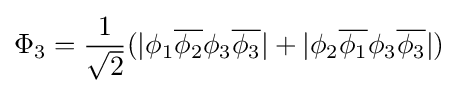
\Phi _{3}={\frac {1}{\sqrt {2}}}(|\phi _{1}{\overline {\phi _{2}}}\phi _{3}{\overline {\phi _{3}}}|+|\phi _{2}{\overline {\phi _{1}}}\phi _{3}{\overline {\phi _{3}}}|)